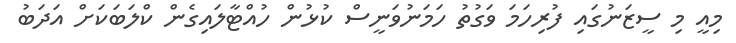
މިއީ މި ސީޒަނުގައި ފުރިހަމަ ވަގުތު ހަމަނުވަނީސް ކުޅުން ހުއްޓާލައިގެން ކްލަބަކަށް އަދަބު